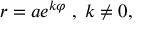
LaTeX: \; r = a e ^ { k \varphi } \; , \; k \neq 0 ,